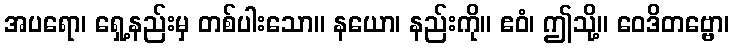
အပရော၊ ရှေ့နည်းမှ တစ်ပါးသော။ နယော၊ နည်းကို။ ဧဝံ၊ ဤသို့။ ဝေဒိတဗ္ဗော၊